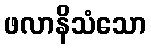
ဖလာနိသံသော